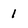
Character: 1